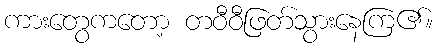
ကားတွေကတော့ တဝီဝီဖြတ်သွားနေကြ၏။